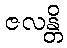
ဇလန္တိ